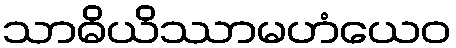
သာဓိယိဿာမဟံယေဝ